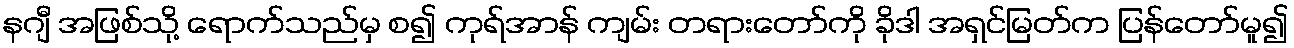
နဂျီ အဖြစ်သို့ ရောက်သည်မှ စ၍ ကုရ်အာန် ကျမ်း တရားတော်ကို ခိုဒါ အရှင်မြတ်က ပြန်တော်မူ၍